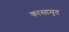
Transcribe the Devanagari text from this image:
कासामृत